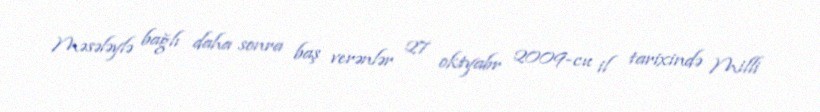
Məsələylə bağlı daha sonra baş verənlər 27 oktyabr 2009-cu il tarixində Milli